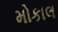
મોકાલ